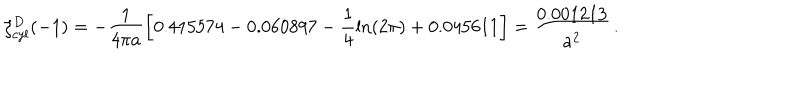
LaTeX: \zeta _ { c y l } ^ { D } ( - 1 ) = - \frac { 1 } { 4 \pi a } \left[ 0 . 4 1 5 5 7 4 - 0 . 0 6 0 8 9 7 - \frac { 1 } { 4 } \ln ( 2 \pi ) + 0 . 0 4 5 6 1 1 \right] = \frac { 0 . 0 0 1 2 1 3 } { a ^ { 2 } } \, { . }